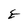
Character: E